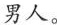
男人。